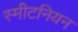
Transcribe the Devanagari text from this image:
स्मीटनियन